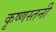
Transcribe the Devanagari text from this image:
कृष्णस्तनी